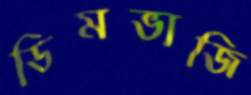
ডিমভাজি